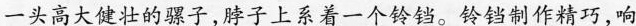
一头高大健壮的骡子，脖子上系着一个铃铛。铃铛制作精巧，响